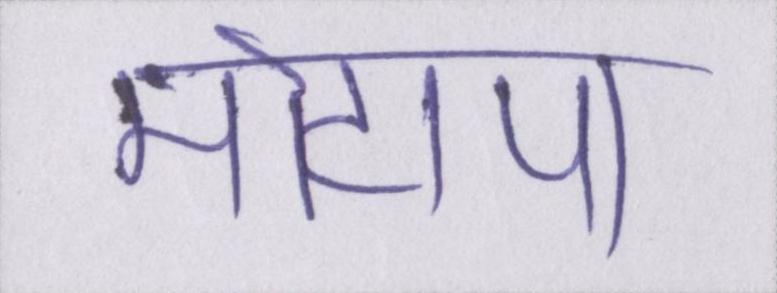
मोटापा